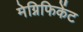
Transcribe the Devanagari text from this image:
मेग्निफिकेंट